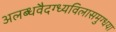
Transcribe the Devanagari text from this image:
अलब्धवैदग्ध्यविलासमुग्धया